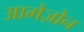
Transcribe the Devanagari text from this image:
आमेज़ोन